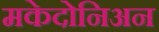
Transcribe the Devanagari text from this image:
मकेदोनिअन